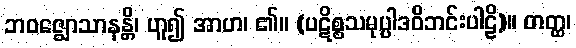
ဘဝဇ္ဈောသာနန္တိ၊ ဟူ၍ အာဟ၊ ၏။ (ပဋိစ္စသမုပ္ပါဒဝိဘင်းပါဠိ)။ တတ္ထ၊